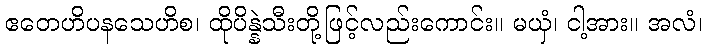
ဧတေဟိပနသေဟိစ၊ ထိုပိန္နဲသီးတို့ဖြင့်လည်းကောင်း။ မယှံ၊ ငါ့အား။ အလံ၊